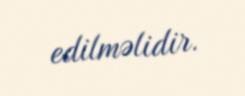
edilməlidir.